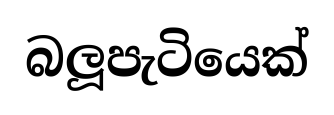
බලූපැටියෙක්